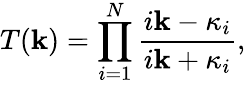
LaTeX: T(\mathbf{k})=\prod_{i=1}^{N}{\frac{{i\mathbf{k}-\kappa_{i}}}{{i\mathbf{k}+\kappa_{i}}}},